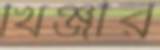
খিঞ্জীর